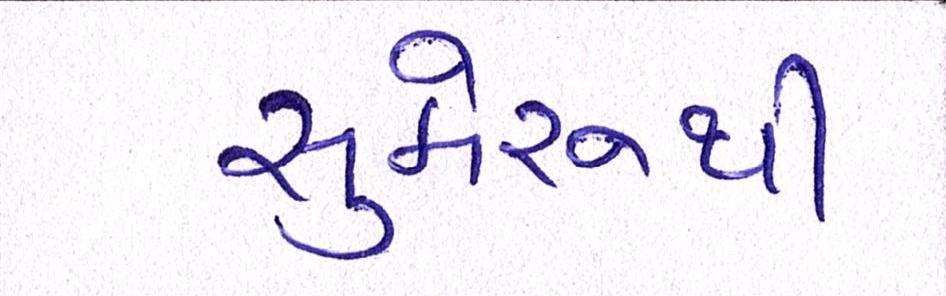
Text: સુમેરૂથી